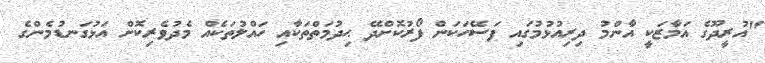
"އުރީދޫގެ އަމާޒަކީ އާންމު ދިރިއުޅުމުގައި ފަސޭހަކަން ފޯރުކޮށްދޭ ޙިދުމަތްތަކާއި ހައްލުތަކެއް މެދުވެރިކޮށް އަޅުގަނޑުމެންގެ